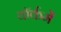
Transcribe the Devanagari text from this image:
यॉर्कमें